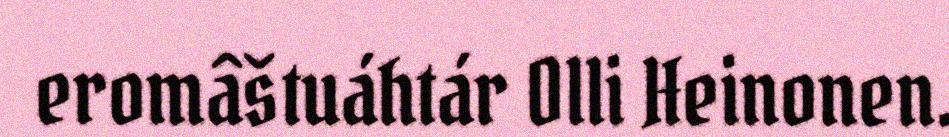
eromâštuáhtár Olli Heinonen.